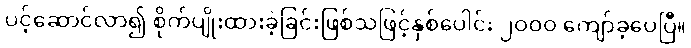
ပင့်ဆောင်လာ၍ စိုက်ပျိုးထားခဲ့ခြင်းဖြစ်သဖြင့်နှစ်ပေါင်း ၂ဝဝဝ ကျော်ခဲ့ပေပြီ။